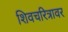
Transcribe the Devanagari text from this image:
शिवचरित्रावर